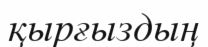
қырғыздың